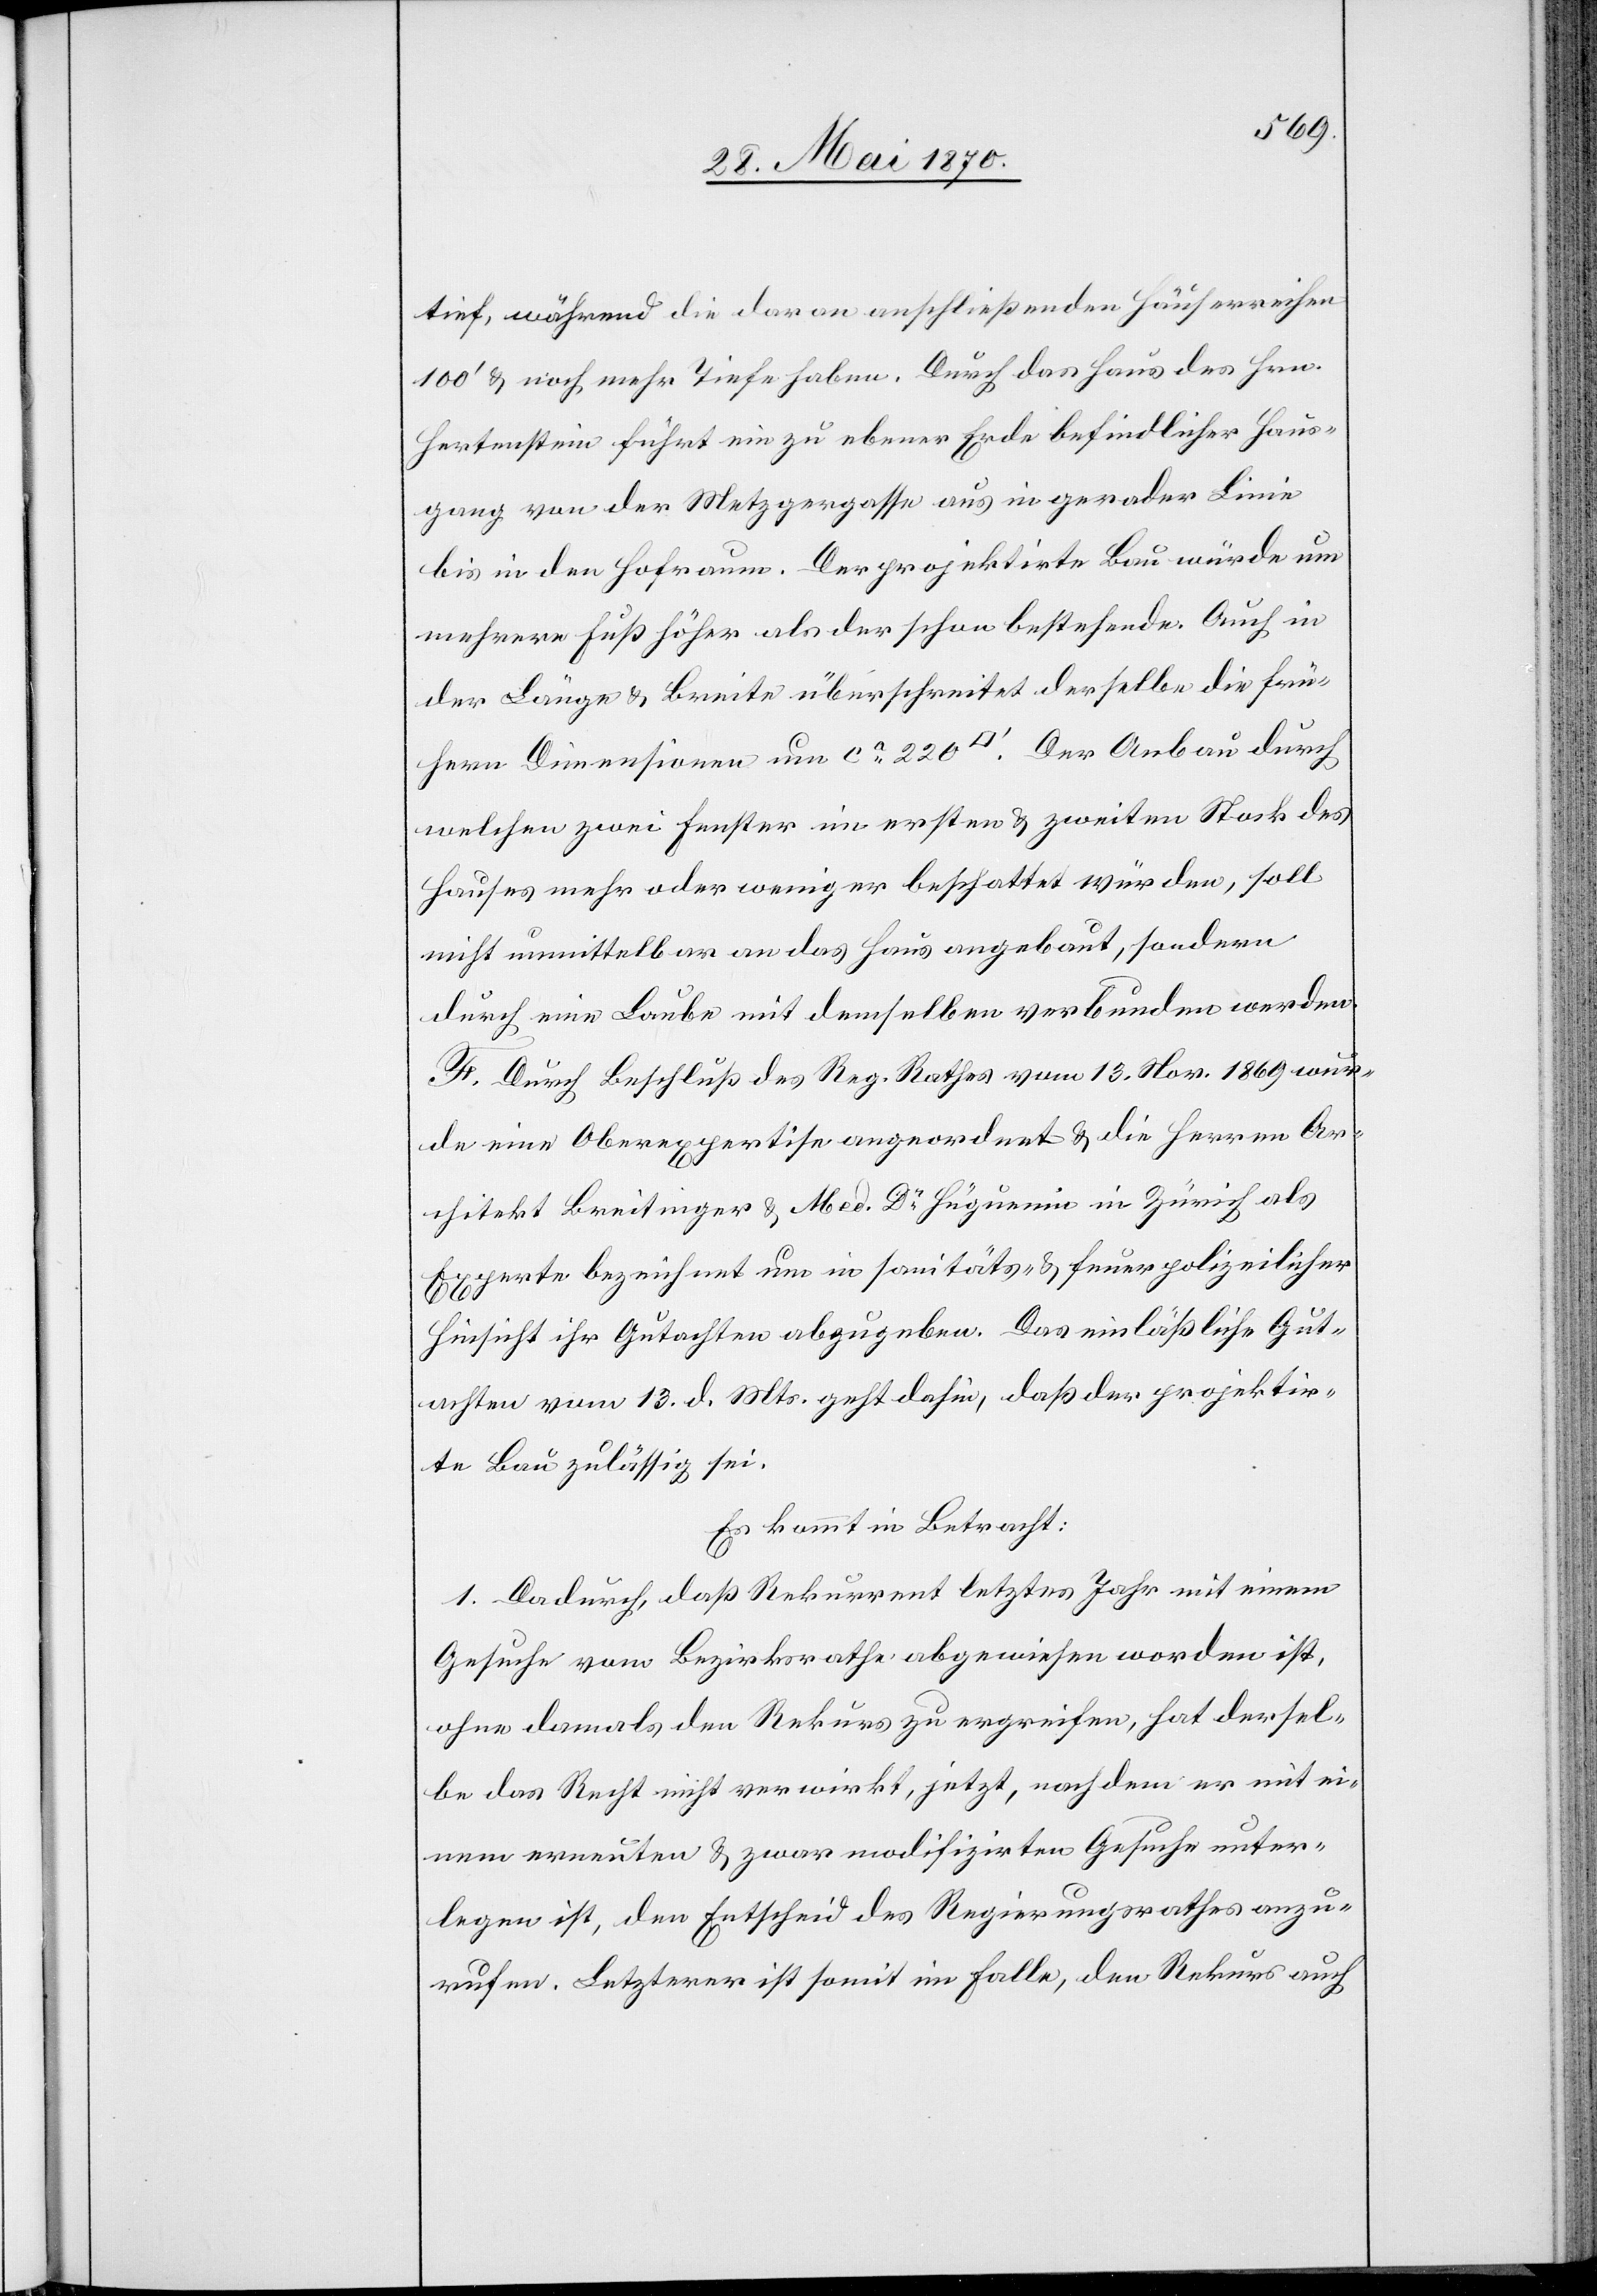
tief, während die daran anschließenden Häuserreihen
100‘ & noch mehr Tiefe haben. Durch das Haus des Hrn.
Hertenstein führt ein zu ebener Erde befindlicher Haus¬
gang von der Metzgergasse aus in gerader Linie
bis in den Hofraum. Der projektirte Bau würde um
mehrere Fuß höher als der schon bestehende. Auch in
der Länge & Breite überschreitet derselbe die frü¬
hern Dimensionen um ca 220 [Quadratfuss]. Der Anbau durch
welchen zwei Fenster im ersten & zweiten Stock des
Hauses mehr oder weniger beschattet würden, soll
nicht unmittelbar an das Haus angebaut, sondern
durch eine Laube mit demselben verbunden werden.
F. Durch Beschluß des Reg. Rathes vom 13. Nov. 1869 wur¬
de eine Oberexpertise angeordnet & die Herren Ar¬
chitekt Breitinger & Med. Dr Hüguenin in Zürich als
Experten bezeichnet um in sanitäts- & feuerpolizeilicher
Hinsicht ihr Gutachten abzugeben. Das einläßliche Gut¬
achten vom 13. d. Mts. geht dahin, daß der projektir¬
te Bau zulässig sei.
Es kommt in Betracht:
1. Dadurch, daß Rekurrent letztes Jahr mit einem
Gesuche vom Bezirksrathe abgewiesen worden ist,
ohne damals den Rekurs zu ergreifen, hat dersel¬
be das Recht nicht verwirkt, jetzt, nachdem er mit ei¬
nem erneuten & zwar modifizirten Gesuche unter¬
legen ist, den Entscheid des Regierungsrathes anzu¬
rufen. Letzterer ist somit im Falle, den Rekurs auch